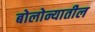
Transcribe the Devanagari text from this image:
बोलोन्यातील